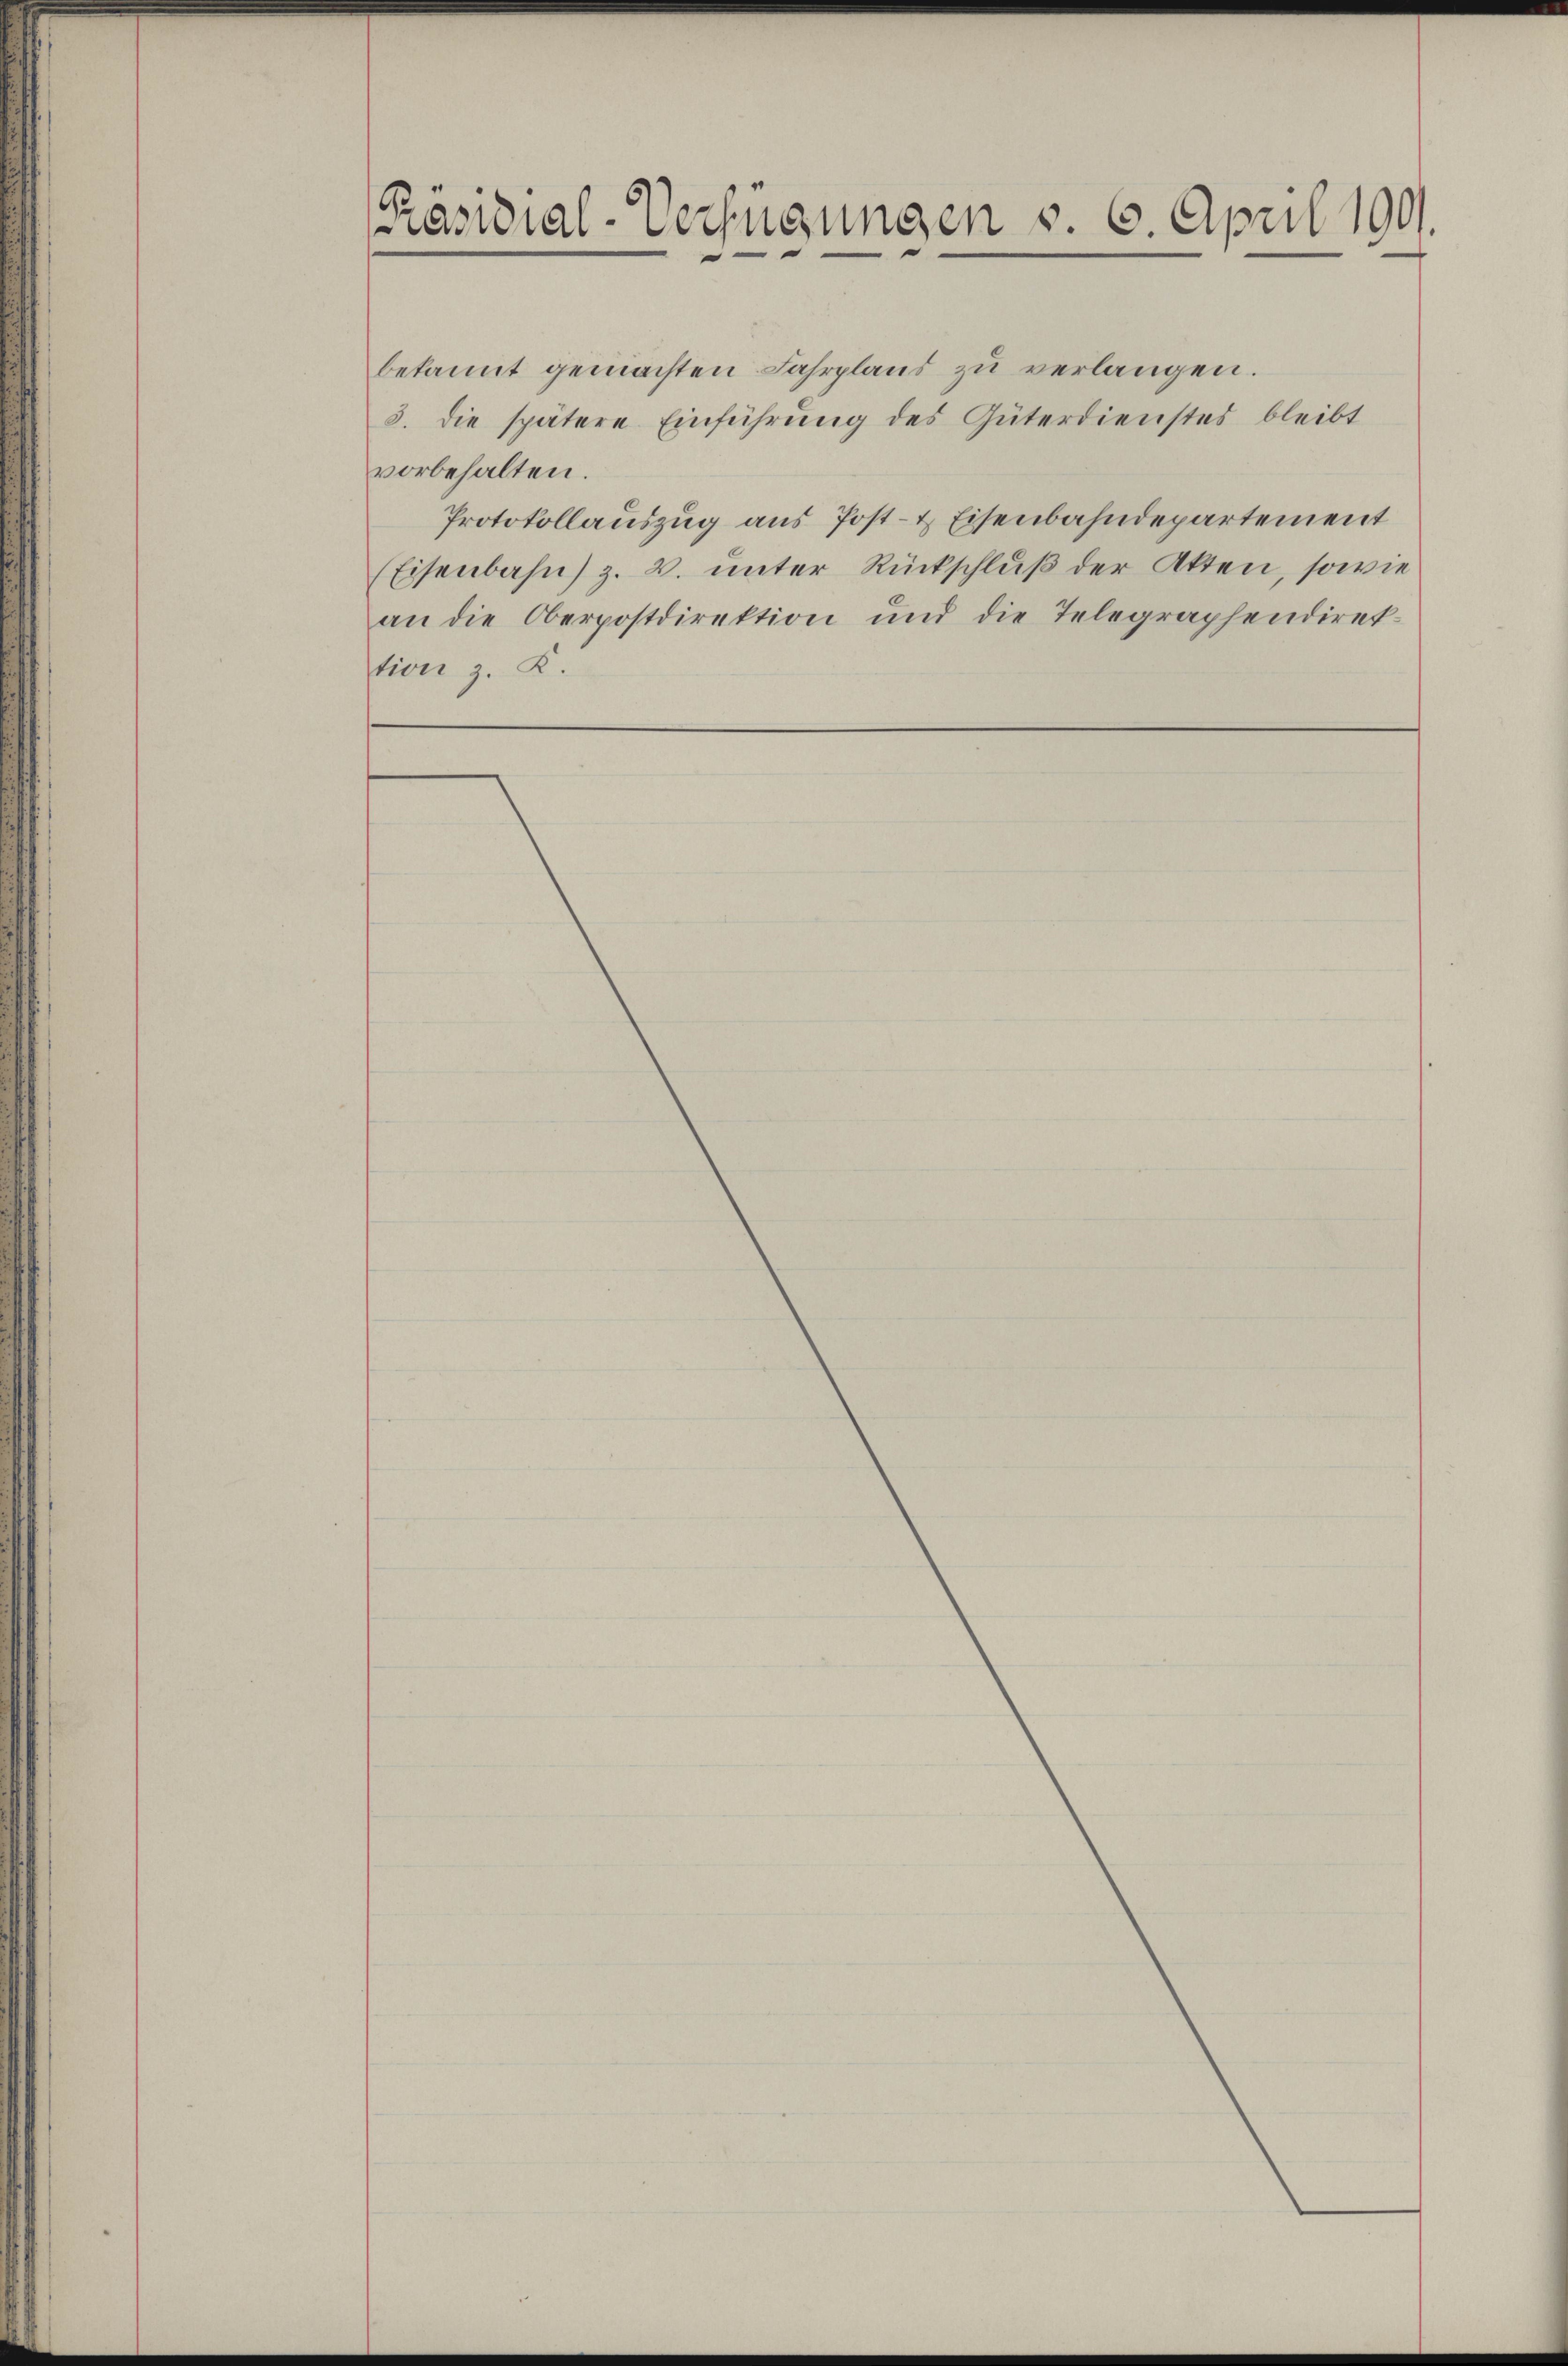
Präsidial-Verfügungen v. 6. April 1901.

bekannt gemachten Fahrpland zu verlangen.
3. die spätere Einführŭng des Güterdienstes bleibt
vorbehalten.
Protokollauszug aus Post- & Eisenbahndepartement
(Eisenbahn z. B. unter Rückschluß der Akten, sowie
an die Oberpostdirektion und die Telegraphendirektion z. K.